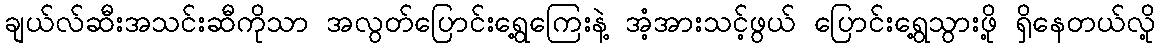
ချယ်လ်ဆီးအသင်းဆီကိုသာ အလွတ်ပြောင်းရွေ့ကြေးနဲ့ အံ့အားသင့်ဖွယ် ပြောင်းရွေ့သွားဖို့ ရှိနေတယ်လို့